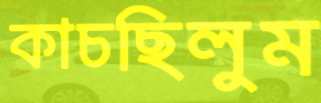
কাচছিলুম